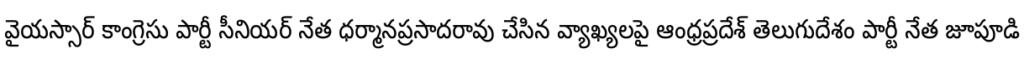
వైయస్సార్ కాంగ్రెసు పార్టీ సీనియర్ నేత ధర్మానప్రసాదరావు చేసిన వ్యాఖ్యలపై ఆంధ్రప్రదేశ్ తెలుగుదేశం పార్టీ నేత జూపూడి